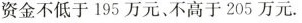
资金不低于195万元、不高于205万元.